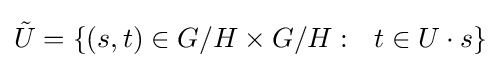
{\tilde {U}}=\{(s,t)\in G/H\times G/H:\ \ t\in U\cdot s\}